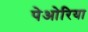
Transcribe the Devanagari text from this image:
पेओरिया